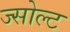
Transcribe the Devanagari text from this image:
ज्सोल्ट